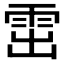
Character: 𩂗